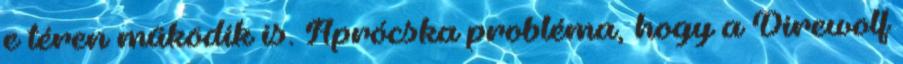
e téren működik is. Aprócska probléma, hogy a Direwolf